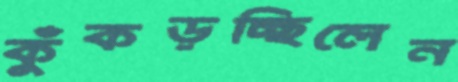
কুঁকড়চ্ছিলেন